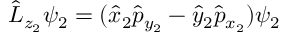
\begin{array} { r } { \hat { L } _ { z _ { 2 } } \psi _ { 2 } = ( \hat { x } _ { 2 } \hat { p } _ { y _ { 2 } } - \hat { y } _ { 2 } \hat { p } _ { x _ { 2 } } ) \psi _ { 2 } } \end{array}